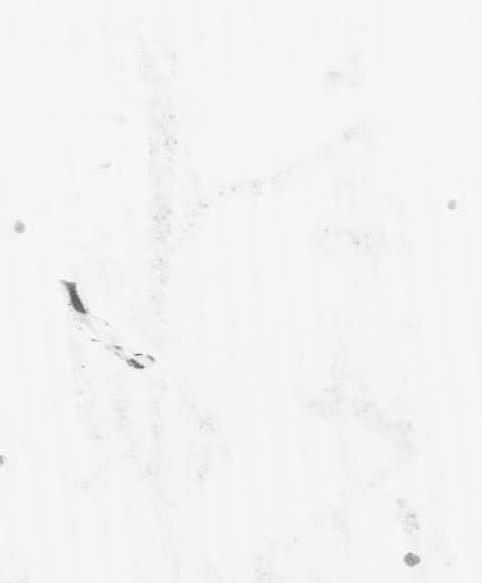
悦